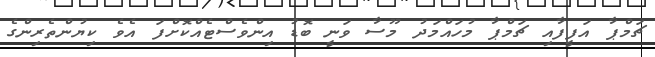
ޗަމްޕާ އަފީފާއި ޗަމްޕާ މުހައްމަދު މޫސާ ވަނީ ބޮޑު އިންވެސްޓެއްކޮށްފަ އެވެ ކިޔުންތެރިންގެ